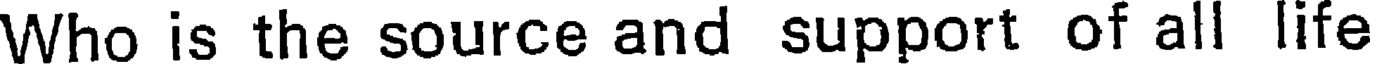
Who is the source and support of all life